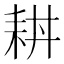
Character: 𦓮